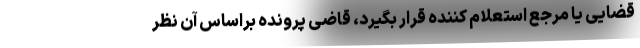
قضایی یا مرجع استعلام کننده قرار بگیرد، قاضی پرونده براساس آن نظر